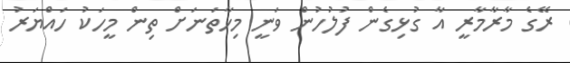
ރޭގެ މާރާމާރީ އާ ގުޅިގެން ފުލުހުން ވަނީ މިހާތަނަށް ތިން މީހަކު ހައްޔަރު